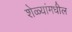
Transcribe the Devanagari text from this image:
शेळ्यांमधील